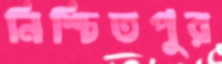
নিশ্চিতপুর